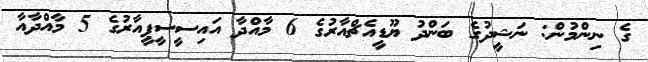
ގެ ނިންމުން: ނަޝީދުގެ ބަންދު ޔޫޑީއެޗްއާރުގެ 6 މާއްދާ އައިސީސީޕީއާރުގެ 5 މާއްދާއާ